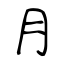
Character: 月